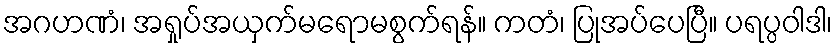
အဂဟဏံ၊ အရှုပ်အယှက်မရောမစွက်ရန်။ ကတံ၊ ပြုအပ်ပေပြီ။ ပရပ္ပဝါဒါ၊